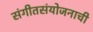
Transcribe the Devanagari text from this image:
संगीतसंयोजनाची